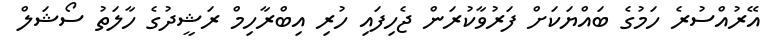
އޭރުއްސުރެ ހަމުގެ ބައްޔަކަށް ފަރުވާކުރަން ޖެހިފައި ހުރި އިބްރާހިމް ރަޝީދުގެ ހާލަތު ސޯޝަލް